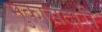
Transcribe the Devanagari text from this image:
मुकासदारी